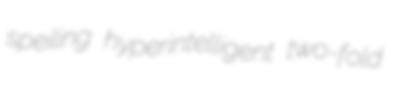
speiling hyperintelligent two-fold